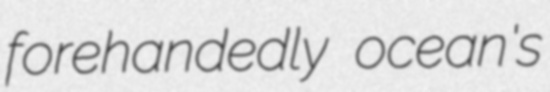
forehandedly ocean's